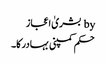
by بشریٰ اعجاز
حکم کمپنی بہادر کا۔